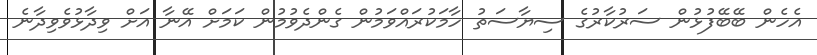
އެހެން ބޭބޭފުޅުން ސަރުކާރުގެ ސިޔާސަތު ހާމަކުރައްވަމުން ގެންދެވުމުން ކަމަށް އޭނާ އަށް ވިދާޅުވެވިދާނެ